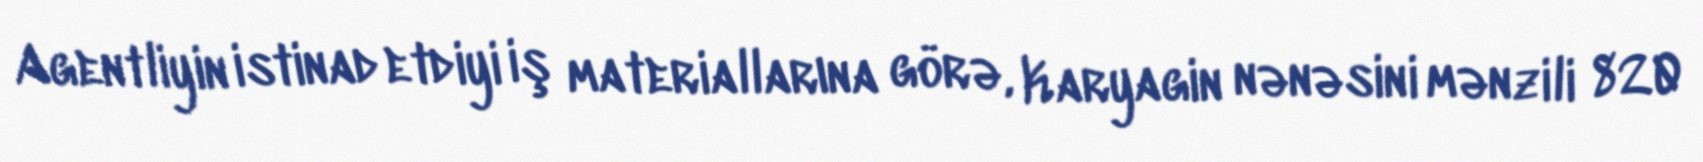
Agentliyin istinad etdiyi iş materiallarına görə, Karyagin nənəsini mənzili 820